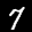
Label: 7